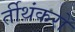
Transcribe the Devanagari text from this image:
र्तीथंकरों